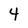
Character: 4